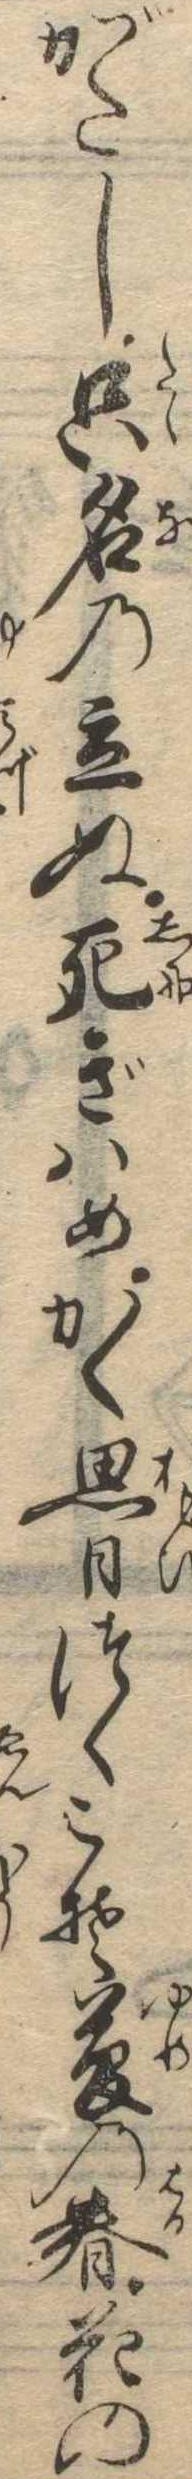
がたし只名の立ぬ死ぎはめかく思日つくこそ夢の春花の